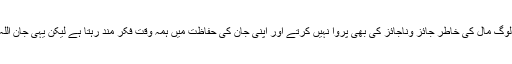
اتنا ہی نہیں بلکہ بہت سے خدا نا ترس لوگ مال کی خاطر جائز وناجائز کی بھی پروا نہیں کرتے اور اپنی جان کی حفاظت میں ہمہ وقت فکر مند رہتا ہے لیکن یہی جان اللہ کی راہ میں پیش کرنا جہاد کہلاتا ہے۔